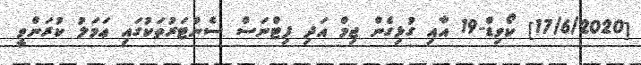
[17/6/2020] ކޯވިޑް-19 އާއި ގުޅިގެން ޖިމް އަދި ފިޓްނަސް ސެންޓަރުތަކުގައި ޢަމަލު ކުރަންވީ